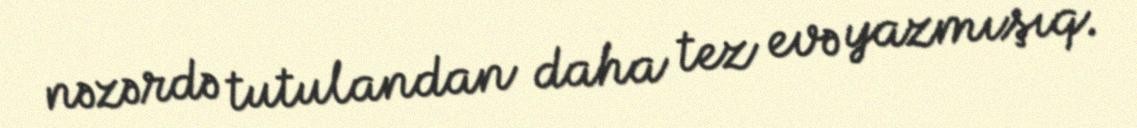
nəzərdə tutulandan daha tez evə yazmışıq.